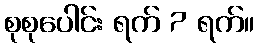
စုစုပေါင်း ရက် 7 ရက်။